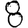
Digit: 8